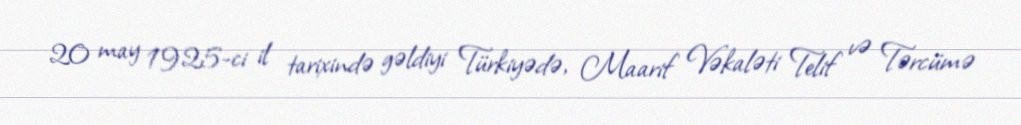
20 may 1925-ci il tarixində gəldiyi Türkiyədə, Maarif Vəkaləti Telif və Tərcümə